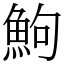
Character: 鮈